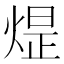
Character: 𪹈